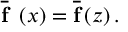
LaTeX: \ \overline { { { \mathbf { f } } } } \ \left( x \right) = \overline { { { \mathbf { f } } } } \left( z \right) .